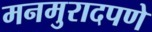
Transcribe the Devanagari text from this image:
मनमुरादपणे